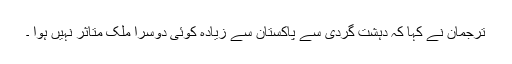
ترجمان نے کہا کہ دہشت گردی سے پاکستان سے زیادہ کوئی دوسرا ملک متاثر نہیں ہوا ۔